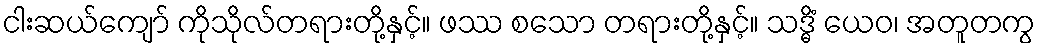
ငါးဆယ်ကျော် ကိုသိုလ်တရားတို့နှင့်။ ဖဿ စသော တရားတို့နှင့်။ သဒ္ဓိံ ယေဝ၊ အတူတကွ